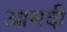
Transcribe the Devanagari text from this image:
आमदी